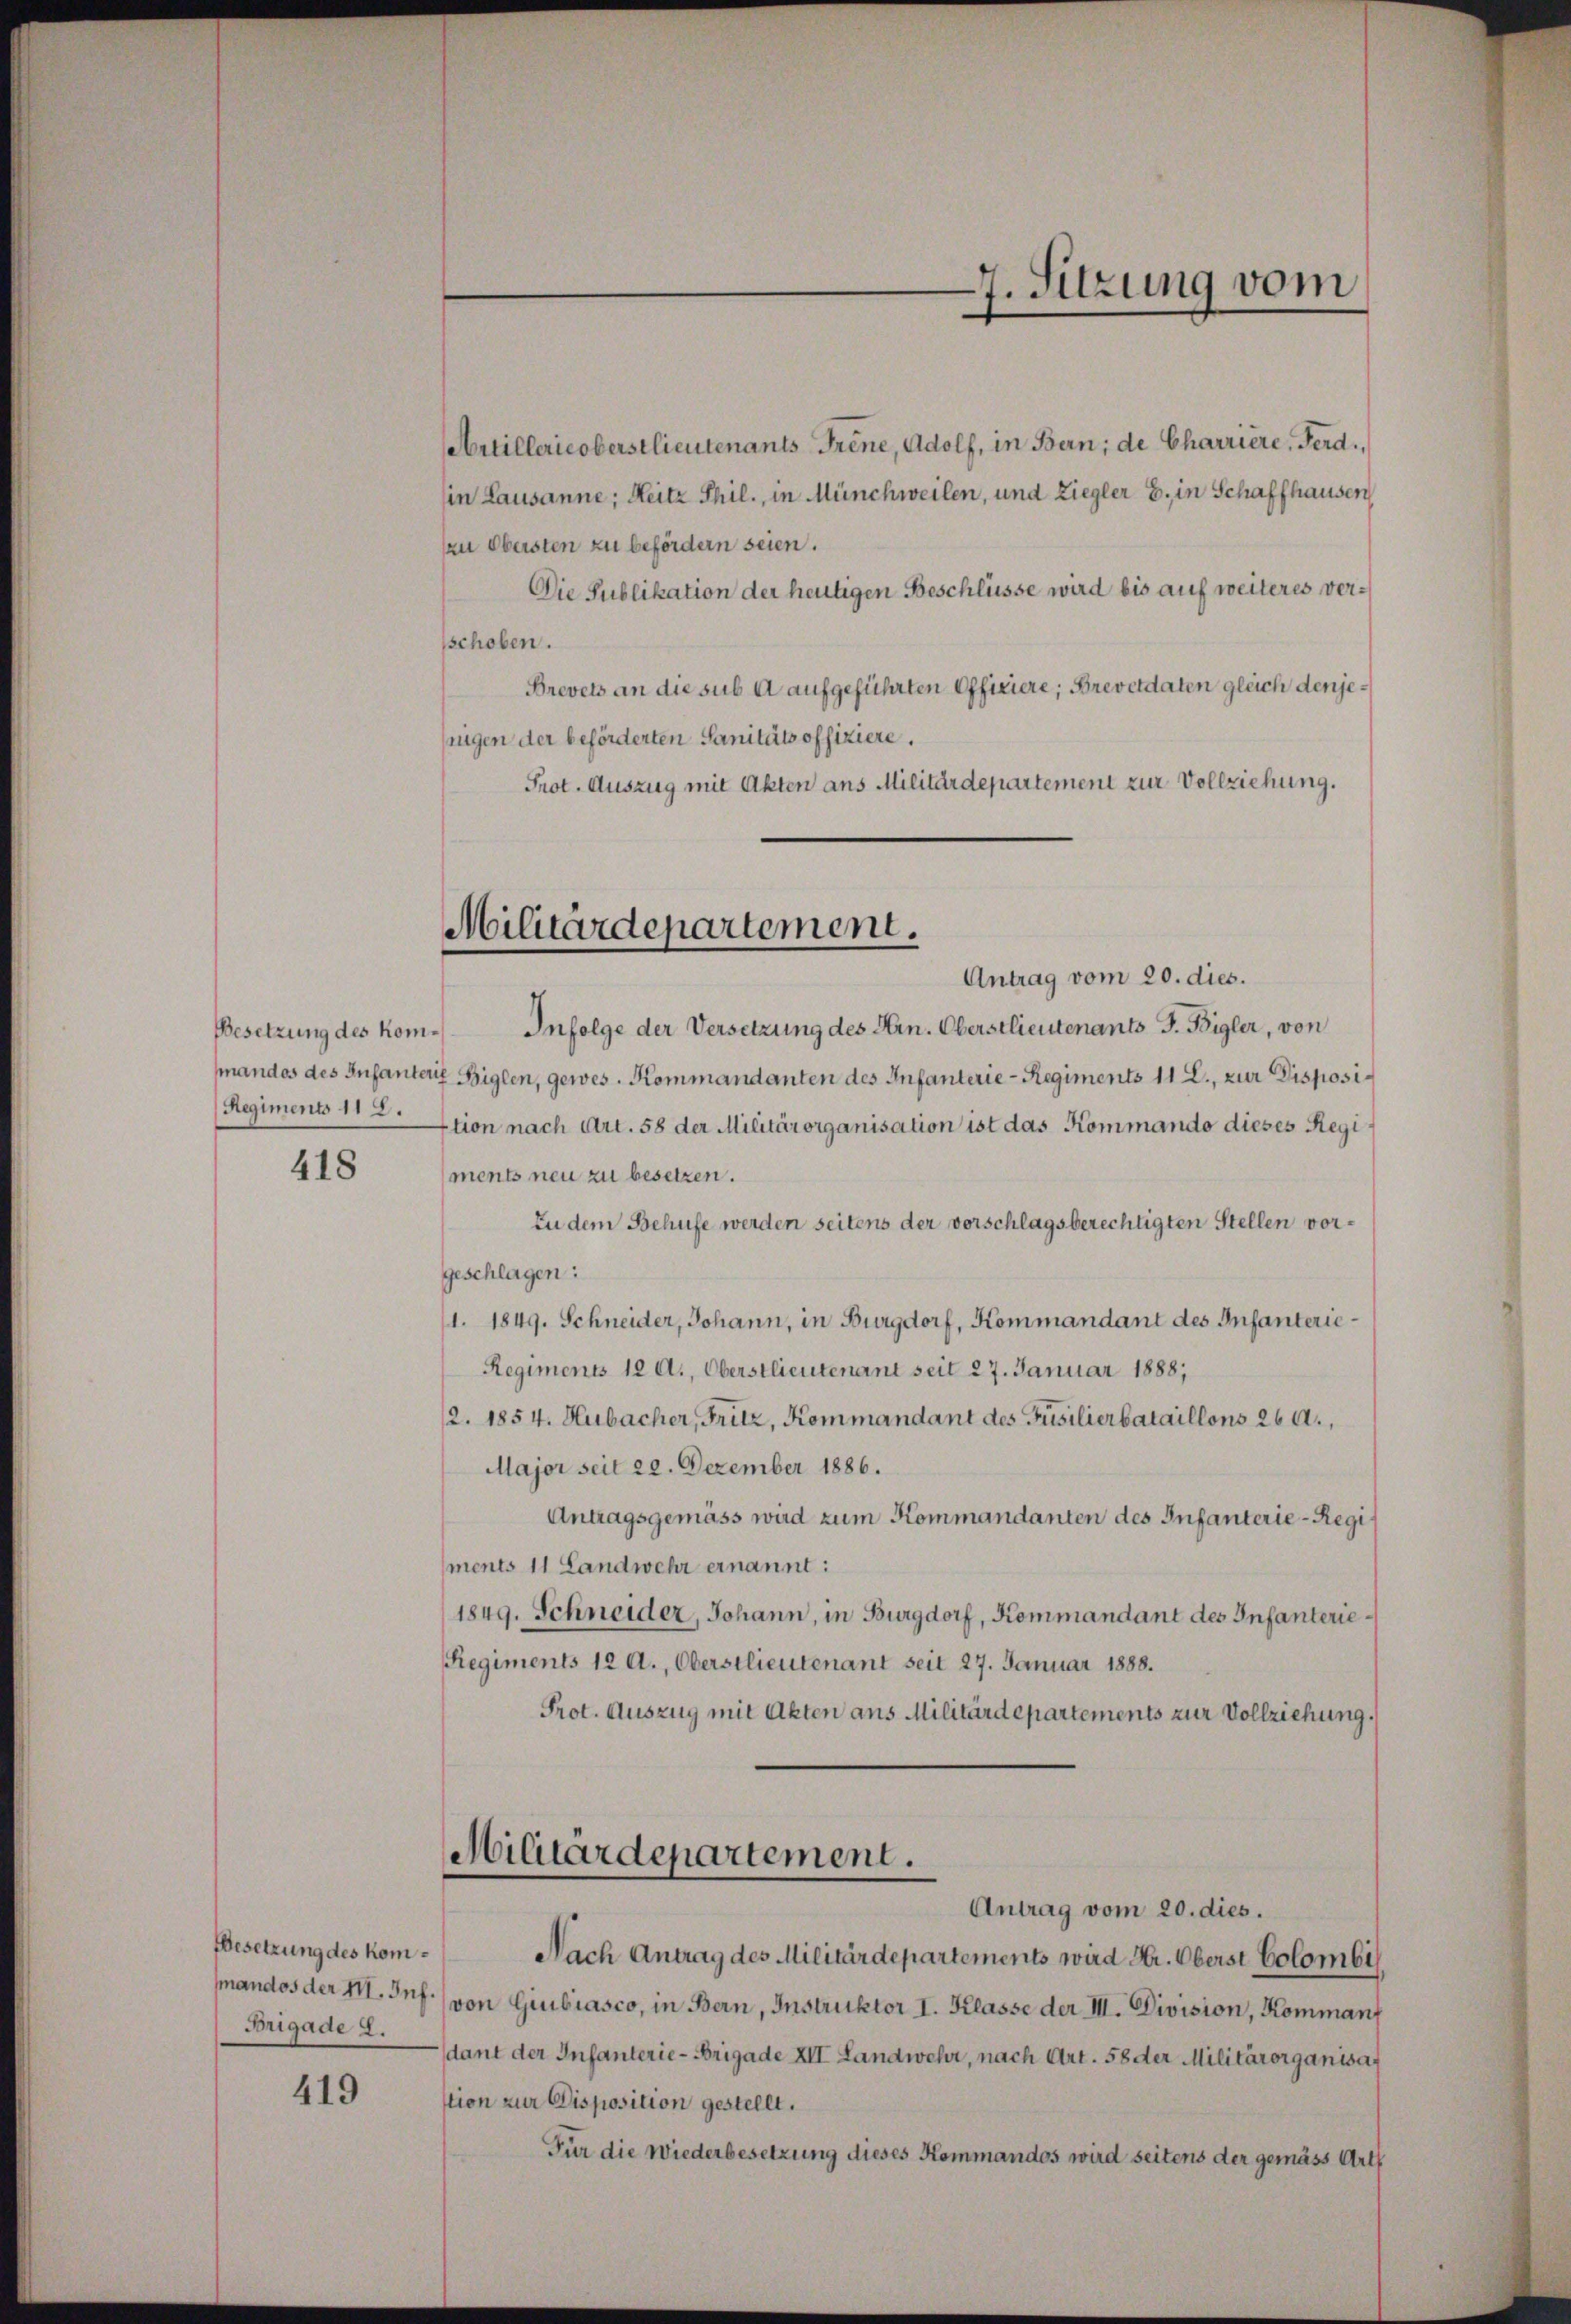
Regiment 118.

418

Besetzung des kom¬
Brigade 8.

419

Artillericoberstlieutenants Frene, Adolf, in Bern; de Charriere, Ferd.
in Lausanne; Heitz Phil., in Münchweilen, und Ziegler B. in Schaffhausen
zu Obersten zu befördern seien.
Die Publikation der heutigen Beschlüsse wird bis auf weiteres verschoben.
Brevets an die sub A aufgeführten Officiere; Brevetdaten gleich denjesrigen der beförderten Sanitäts offiziere.
Prot. Auszug mit Akten ans Militärdepartement zur Vollziehung.

Militärdepartement.

Antrag vom 20. dies.
Besetzung des kom. Infolge der Versetzung des Hrn. Oberstlieutenants J. Bigler, von
mandos des Infanter Biglen, gewes. Kommandanten des Infanterie-Regiments 11 E., zur Disposiction nach Art. 58 der Militärorganisation ist das Kommando dieses Regi¬
(ments neu zu besetzen.
Zu dem Behufe werden seitens der vorschlagsberechtigten Stellen vorgeschlagen:
/1. 1849. Schneider, Johann, in Burgdorf, Kommandant des Infanterie¬
Regiments 12 A., Oberstlieutenant seit 27. Januar 1888,
12. 1854. Hubacher, Fritz, Kommandant des Füsilierbataillons 26 a.,
Major seit 22. Dezember 1886.
Antragsgemäss wird zum Kommandanten des Infanterie-Regi¬
(ments 11 Landwehr ernannt:
1849. Schneider, Johann, in Burgdorf, Kommandant des Infanterie¬
Regiments 12 A., Oberstlieutenant seit 27. Januar 1888.
Prot. Auszug mit Akten aus Militärdepartements zur Vollziehung.
Militärdepartement.
Antrag vom 20. dies.
Nach Antrag des Militärdepartements wird Hr. Oberst Colombi
mandos der I. Inf.) von Giubiasco, in Bern, Instruktor I. Klasse der III. Division, Kommanf
dant der Infanterie-Brigade XII. Landwehr, nach Art. 58 der Militärorganisat
tion zur Disposition gestellt.
Für die Wiederbesetzung dieses Kommandos wird seitens der gemäss Art

7. Sitzung vom